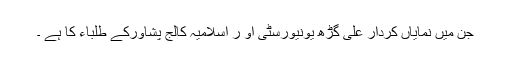
جن میں نمایاں کردار علی گڑھ یونیورسٹی او ر اسلامیہ کالج پشاورکے طلباء کا ہے ۔